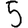
Digit: 5